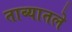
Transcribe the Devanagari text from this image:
ताब्यातले